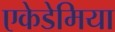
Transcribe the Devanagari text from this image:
एकेडेमिया